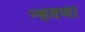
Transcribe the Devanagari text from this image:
न्हवणा